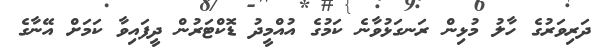
ދަރިވަރުގެ ހާލު މުޅިން ރަނގަޅުވާނެ ކަމުގެ އުއްމީދު ޑޮކްޓަރުން ދީފައިވާ ކަމަށް އޭނާގެ